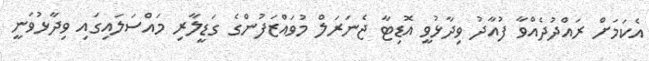
އެކަމަށް ރައްދުދެއްވާ ފުއާދު ވިދާޅުވީ އޮޑިޓާ ޖެނަރަލް މުވައްޒަފުންގެ ގަޑީލާރި މައްސަލައިގައި ވިދާޅުވަނީ